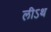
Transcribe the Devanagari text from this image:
लीऽथ